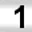
Digit: 1